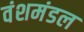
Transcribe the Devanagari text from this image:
वंशमंडल